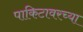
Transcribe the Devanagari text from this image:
पाकिटावरच्या